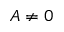
A \neq 0